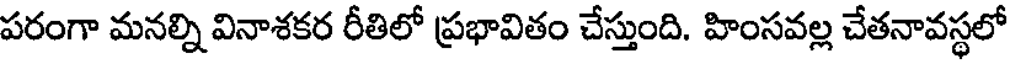
పరంగా మనల్ని వినాశకర రీతిలో ప్రభావితం చేస్తుంది. హింసవల్ల చేతనావస్థలో